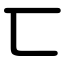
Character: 匸